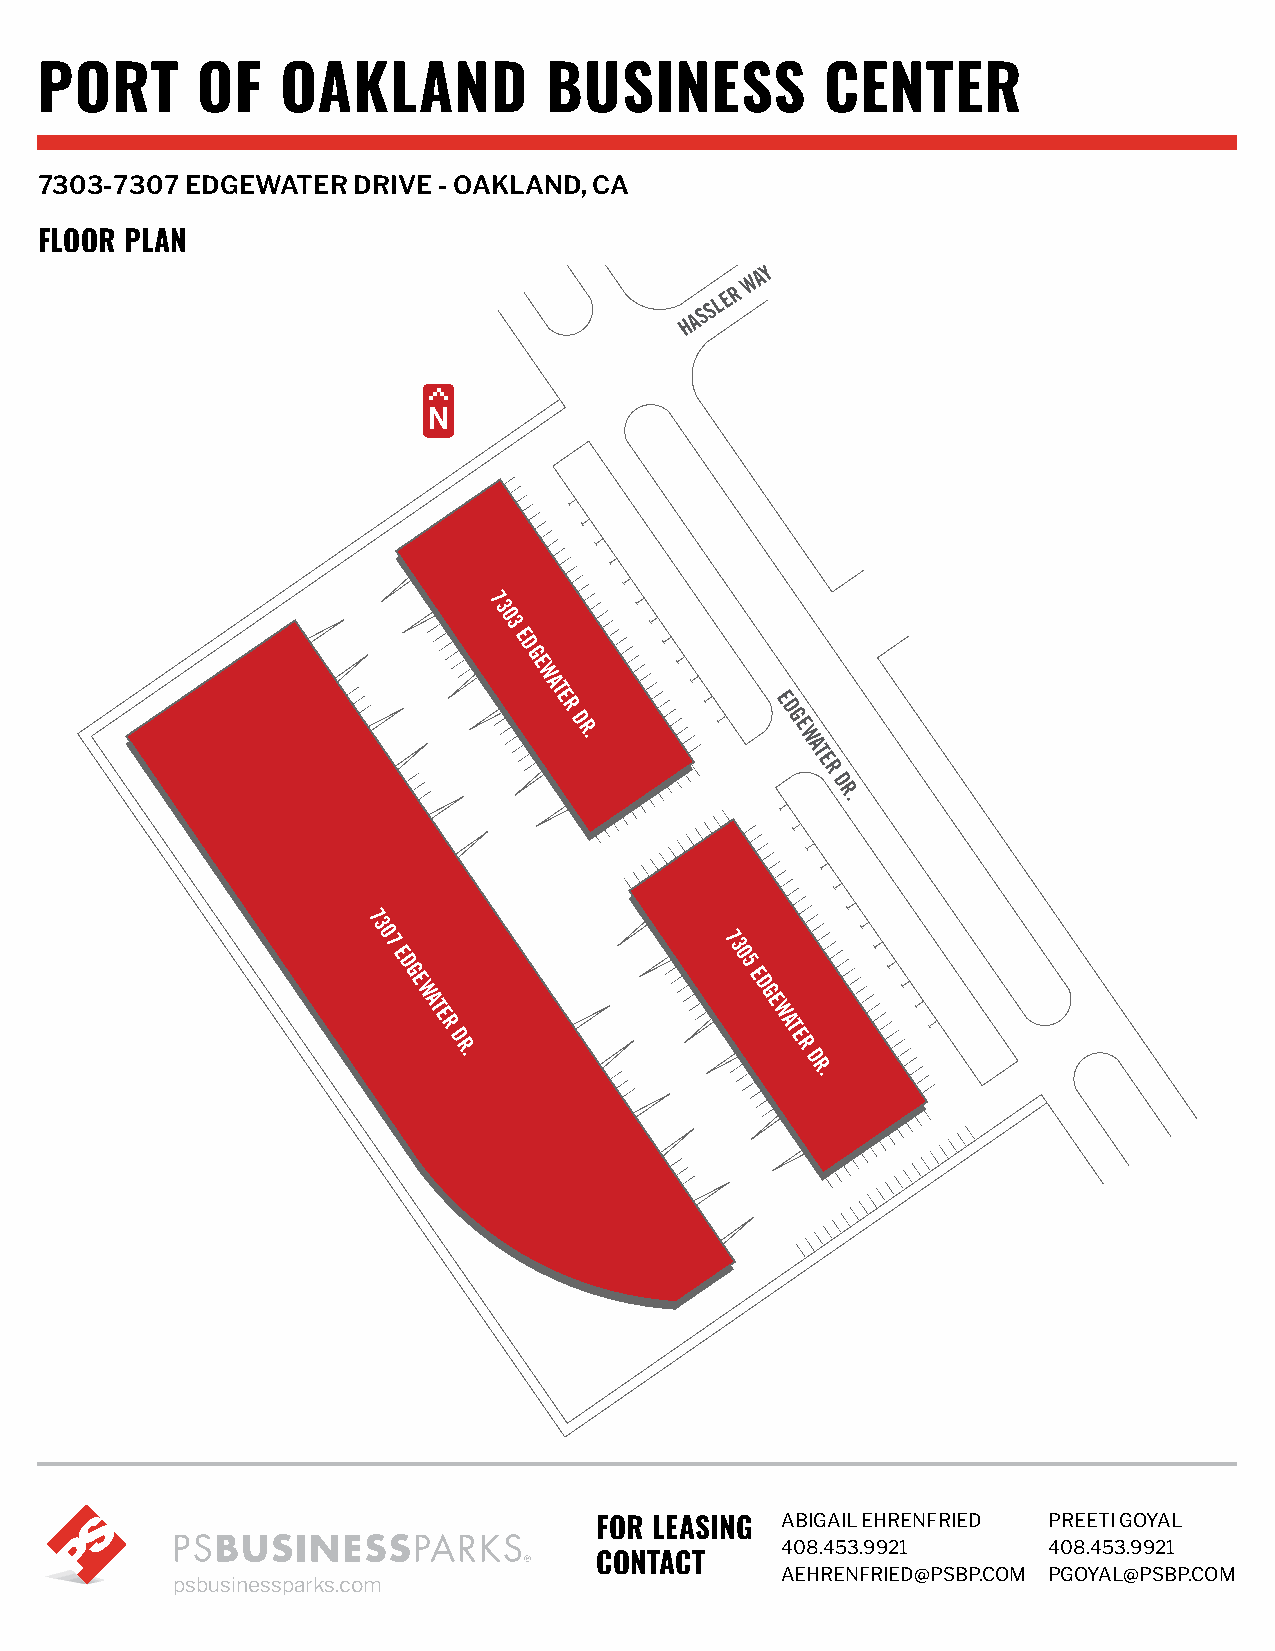
PORT       OF    OAKLAND          BUSINESS           CENTER
 7303-7307 EDGEWATER  DRIVE - OAKLAND, CA
 FLOOR PLAN
 W
 AY
 R
 HASSLE
 7
 3
 0
 3
 E
 D
 G
 E
 W
 A
 T
 E             E
 R             D
 D R.          G E
 W
 A
 T
 E
 R
 D
 R.
 7
 3
 0 7                    7 3
 E                     0
 D
 G E
 5
 E D
 W                      G
 A T                    E
 E R                   W A T
 D                      E
 R.                    R
 D
 R.
 ABIGAIL EHRENFRIED PREETI GOYAL
 FOR LEASING
 408.453.9921     408.453.9921
 CONTACT
 AEHRENFRIED@PSBP.COM PGOYAL@PSBP.COM
 psbusinessparks.com